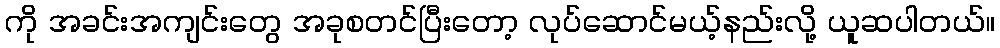
ကို အခင်းအကျင်းတွေ အခုစတင်ပြီးတော့ လုပ်ဆောင်မယ့်နည်းလို့ ယူဆပါတယ်။